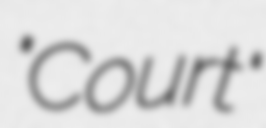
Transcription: "Court"